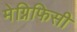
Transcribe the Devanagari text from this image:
मेग्निफिसी